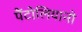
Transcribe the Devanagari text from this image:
पैंटोलियानो